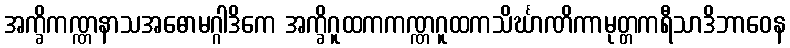
အက္ခိကဏ္ဏနာသအဓောမဂ္ဂါဒိကေ အက္ခိဂူထကကဏ္ဏဂူထကသိင်္ဃာဏိကာမုတ္တကရီသာဒိဘာဝေန